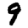
Digit: 9